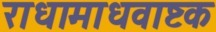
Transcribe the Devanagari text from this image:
राधामाधवाष्टक